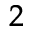
^ 2